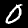
Digit: 0